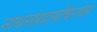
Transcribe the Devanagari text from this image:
नाथसंप्रदायींबरोबर